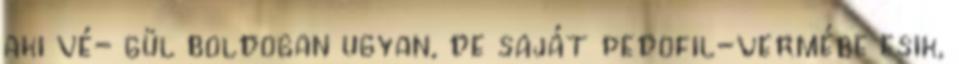
aki vé- gül boldogan ugyan, de saját pedofil-vermébe esik,